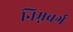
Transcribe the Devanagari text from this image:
निम्नबर्ग